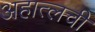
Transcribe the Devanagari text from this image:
अहात्लची